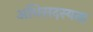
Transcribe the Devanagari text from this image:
अधिसदस्यता